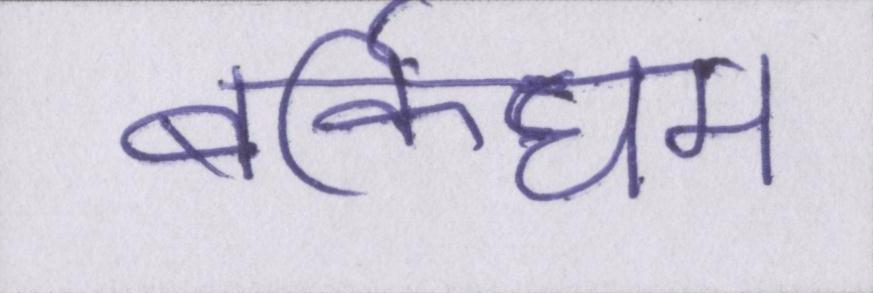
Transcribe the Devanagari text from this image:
बर्किघम